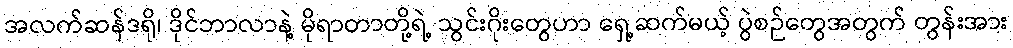
အလက်ဆန်ဒရို၊ ဒိုင်ဘာလာနဲ့ မိုရာတာတို့ရဲ့ သွင်းဂိုးတွေဟာ ရှေ့ဆက်မယ့် ပွဲစဉ်တွေအတွက် တွန်းအား